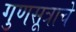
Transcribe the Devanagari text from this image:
गुणसूत्राचे